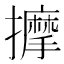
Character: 擵